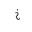
Letter: _kha